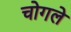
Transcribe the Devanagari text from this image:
चोगले